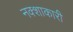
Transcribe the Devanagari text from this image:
नक्शाकारी